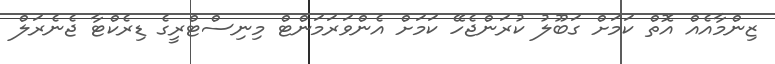
ޒިންމާއެއް އޮތް ކަމަށް ގަބޫލު ކުރަންޖެހޭ ކަމަށް އެންވަރަމަންޓް މިނިސްޓްރީގެ ޑިރެކްޓާ ޖެނެރަލް